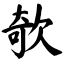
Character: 欹